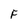
Character: F